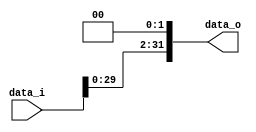
module Left_Shift(
    input [31:0] data_i,
    output [31:0] data_o
);

    assign data_o = data_i << 2;

endmodule